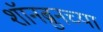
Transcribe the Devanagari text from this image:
शॉनब्रुनच्या